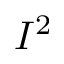
I ^ { 2 }